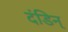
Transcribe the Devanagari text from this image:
दंडिन्